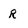
Character: R